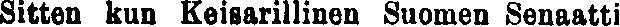
Sitten kun Keisarillinen Suomen Senaatti